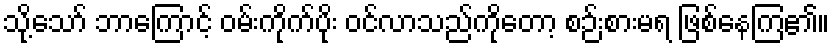
သို့သော် ဘာကြောင့် ဝမ်းကိုက်ပိုး ဝင်လာသည်ကိုတော့ စဉ်းစားမရ ဖြစ်နေကြ၏။